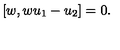
[ w , w u _ { 1 } - u _ { 2 } ] = 0 .